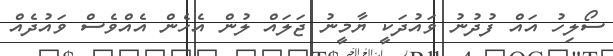
ސޯލިހު އައް ފުދުނު ވައުދަކީ ޔާމީނު ޖަލައް ލުން އެހެން އެއްވެސް ވައުދެއް